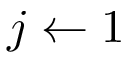
j \leftarrow 1